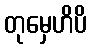
တုမှေဟိပိ